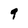
Character: 9